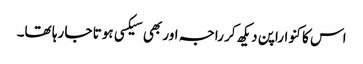
اس کا کنواراپن دیکھ کر راجہ اور بھی سیکسی ہوتا جا رہا تھا۔